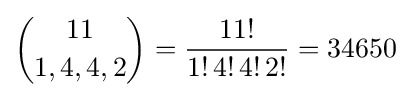
{11 \choose 1,4,4,2}={\frac {11!}{1!\,4!\,4!\,2!}}=34650